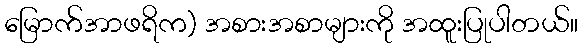
မြောက်အာဖရိက) အစားအစာများကို အထူးပြုပါတယ်။